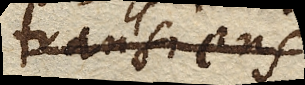
transiens